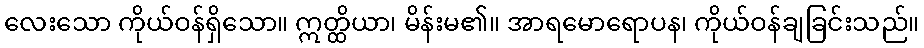
လေးသော ကိုယ်ဝန်ရှိသော။ ဣတ္ထိယာ၊ မိန်းမ၏။ အာရမောရောပန၊ ကိုယ်ဝန်ချခြင်းသည်။